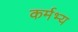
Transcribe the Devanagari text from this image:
कर्मभ्य